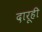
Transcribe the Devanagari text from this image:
दारूही